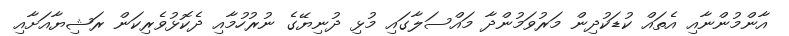
އާންމުންނާއި އެތައް ކުޑަކުދިން މަރުވަމުންދާ މައްސަލާގައި މުޅި ދުނިޔޭގެ ނުރުހުމާއި ދެކޮޅުވެރިކަން ރަޝިޔާއަށާއި